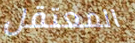
المعتقل